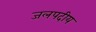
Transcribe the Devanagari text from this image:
जलपदीय